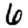
Digit: 6